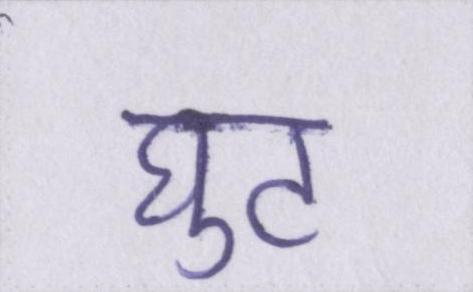
घुट